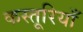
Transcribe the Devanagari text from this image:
कस्तूरियाँ